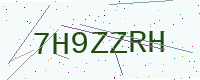
Text: 7H9ZZRH